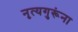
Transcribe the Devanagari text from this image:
नृत्यगुरूंना